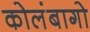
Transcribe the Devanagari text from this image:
कोलंबागो